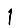
Digit: 1